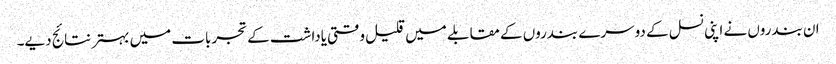
ان بندروں نے اپنی نسل کے دوسرے بندروں کے مقابلے میں قلیل وقتی یاداشت کے تجربات میں بہتر نتائج دیے۔